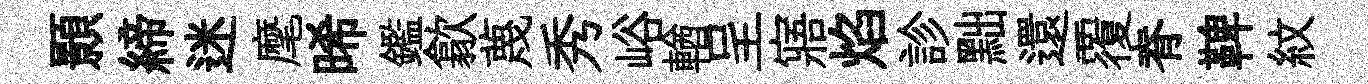
顥締迷麾晞鑑歙蔑秀峪輶呈寤焰診黜還覆脊鞞紋